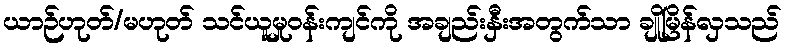
ယာဉ်ဟုတ်/မဟုတ် သင်ယူမှုဝန်းကျင်ကို အချည်းနှီးအတွက်သာ ချိုမြိန်လှသည်